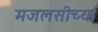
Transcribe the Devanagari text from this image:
मजलसीच्या